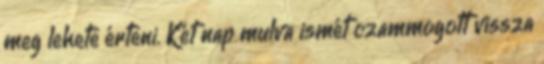
meg lehete érteni. Két nap mulva ismét czammogott vissza